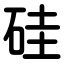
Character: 硅